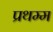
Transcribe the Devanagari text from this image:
प्रथम्म